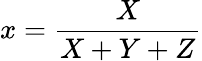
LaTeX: x={\frac{X}{X+Y+Z}}